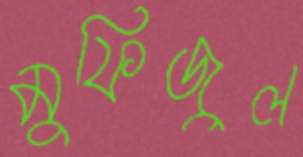
মুফিজুল